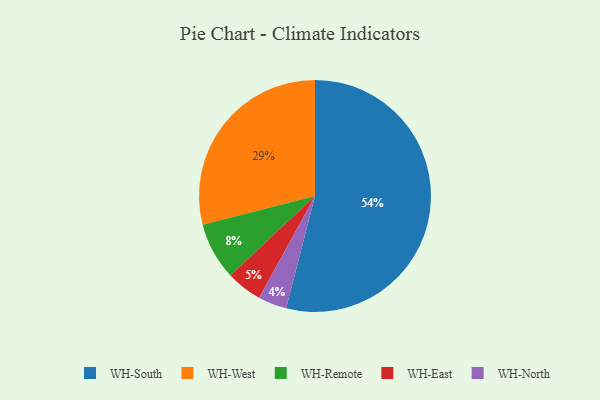
{"axis": {"x": "Category", "y": "Percentage"}, "legend": ["WH-East", "WH-North", "WH-Remote", "WH-South", "WH-West"], "data": [{"x": "WH-East", "y": 5, "type": "WH-East"}, {"x": "WH-Remote", "y": 8, "type": "WH-Remote"}, {"x": "WH-West", "y": 29, "type": "WH-West"}, {"x": "WH-South", "y": 54, "type": "WH-South"}, {"x": "WH-North", "y": 4, "type": "WH-North"}]}